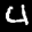
Label: 4